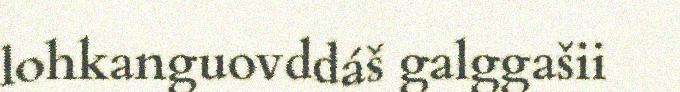
lohkanguovddáš galggašii